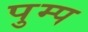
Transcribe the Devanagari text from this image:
पुम्प